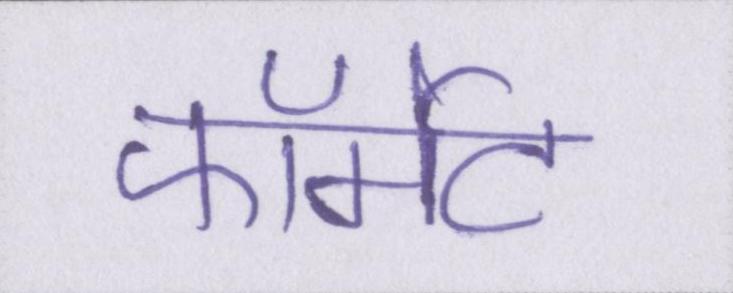
फॉर्मेट